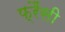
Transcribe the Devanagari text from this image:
फ्रैंसी